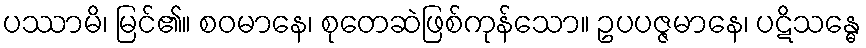
ပဿာမိ၊ မြင်၏။ စဝမာနေ၊ စုတေဆဲဖြစ်ကုန်သော။ ဥပပဇ္ဇမာနေ၊ ပဋိသန္ဓေ